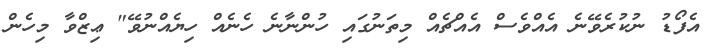
އެފޯޑު ނުކުރެވޭނެ އެއްވެސް އެއްޗެއް މިތަނުގައި ހުންނާނެ ހެނެއް ހިޔެއްނުވޭ" ޢިޒްވާ މިހެން